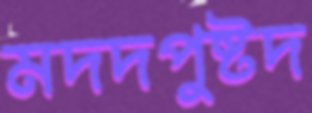
মদদপুষ্টদ